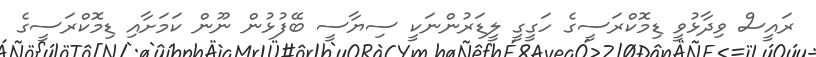
ރައީސް ވިދާޅުވީ ޑިމޮކްރަސީގެ ހަގީގީ ލީޑަރުންނަކީ ސިޔާސީ ބޭފުޅުން ނޫން ކަމަށާއި ޑިމޮކްރަސީގެ